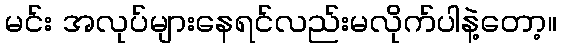
မင်း အလုပ်များနေရင်လည်းမလိုက်ပါနဲ့တော့။